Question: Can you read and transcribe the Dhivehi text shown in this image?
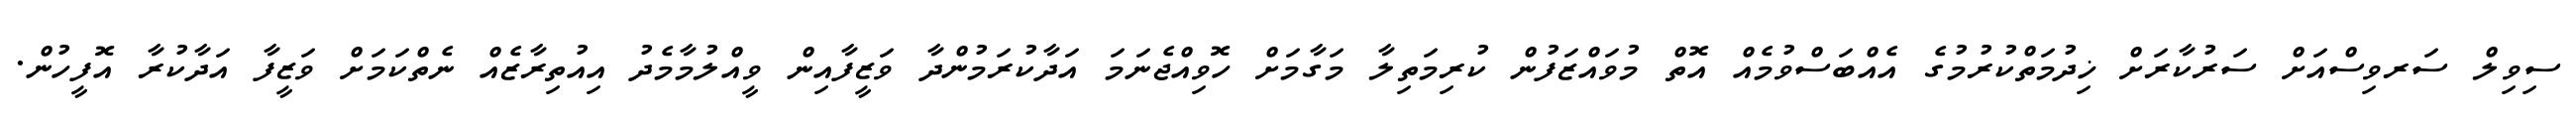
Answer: ސިވިލް ސަރވިސްއަށް ސަރުކާރަށް ޚިދުމަތްކުރުމުގެ އެއްބަސްވުމެއް އޮތް މުވައްޒަފުން ކުރިމަތިލާ މަގާމަށް ހޮވިއްޖެނަމަ އަދާކުރަމުންދާ ވަޒީފާއިން ވީއްލުމާމެދު އިއުތިރާޒެއް ނެތްކަމަށް ވަޒީފާ އަދާކުރާ އޮފީހުން.